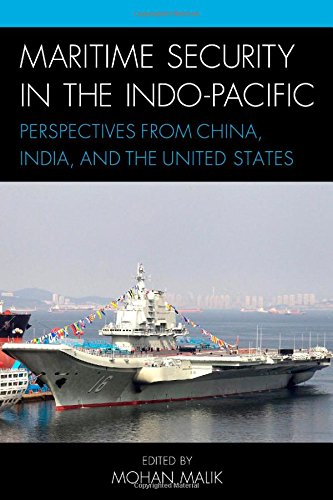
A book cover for Maritime Security in the Indo-Pacific: Perspectives from China, India, and the United States; Law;